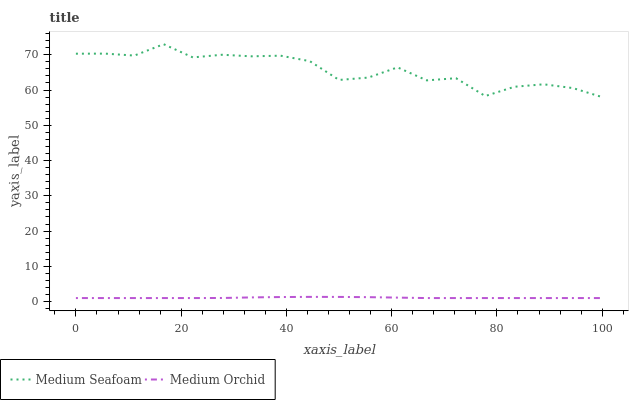
| xaxis_label | Medium Seafoam | Medium Orchid |
 | --- | --- | --- |
 | 0 | 70.3 | 1 |
 | 5.56 | 70.3 | 1 |
 | 11.1 | 69.8 | 1 |
 | 16.7 | 73 | 1 |
 | 22.2 | 69.2 | 1 |
 | 27.8 | 70 | 1.02 |
 | 33.3 | 69.6 | 1.19 |
 | 38.9 | 69.7 | 1.29 |
 | 44.4 | 68.2 | 1.34 |
 | 50 | 62.9 | 1.33 |
 | 55.6 | 63.5 | 1.26 |
 | 61.1 | 66.4 | 1.13 |
 | 66.7 | 62.7 | 1 |
 | 72.2 | 63.4 | 1 |
 | 77.8 | 58.3 | 1 |
 | 83.3 | 60.9 | 1 |
 | 88.9 | 61.6 | 1 |
 | 94.4 | 60.6 | 1 |
 | 100 | 58 | 1 |